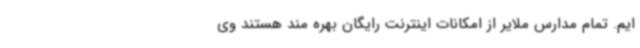
ایم. تمام مدارس ملایر از امکانات اینترنت رایگان بهره مند هستند وی